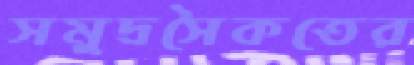
সমুদ্রসৈকতের